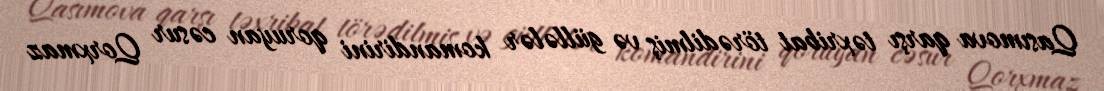
Qasımova qarşı təxribat törədilmiş və güllələr komandirini qoruyan cəsur Qorxmaz